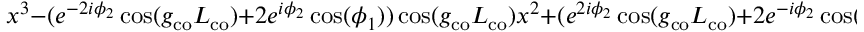
x ^ { 3 } - ( e ^ { - 2 i \phi _ { 2 } } \cos ( g _ { \mathrm { c o } } L _ { \mathrm { c o } } ) + 2 e ^ { i \phi _ { 2 } } \cos ( \phi _ { 1 } ) ) \cos ( g _ { \mathrm { c o } } L _ { \mathrm { c o } } ) x ^ { 2 } + ( e ^ { 2 i \phi _ { 2 } } \cos ( g _ { \mathrm { c o } } L _ { \mathrm { c o } } ) + 2 e ^ { - i \phi _ { 2 } } \cos ( \phi _ { 1 } ) ) \cos ( g _ { \mathrm { c o } } L _ { \mathrm { c o } } ) x - 1 = 0 , \ \ x \equiv e ^ { i \theta }